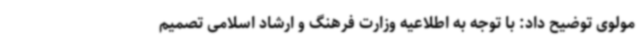
مولوی توضیح داد: با توجه به اطلاعیه وزارت فرهنگ و ارشاد اسلامی تصمیم